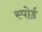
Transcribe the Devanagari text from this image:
स्पोर्ड